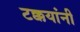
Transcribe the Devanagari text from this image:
टक्कयांनी